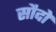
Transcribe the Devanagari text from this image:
सौदो